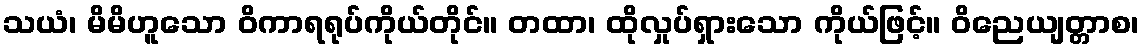
သယံ၊ မိမိဟူသော ဝိကာရရုပ်ကိုယ်တိုင်။ တထာ၊ ထိုလှုပ်ရှားသော ကိုယ်ဖြင့်။ ဝိညေယျတ္တာစ၊